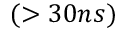
( > 3 0 n s )